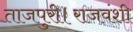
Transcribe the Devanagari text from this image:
ताजपुरी।राजवंशी